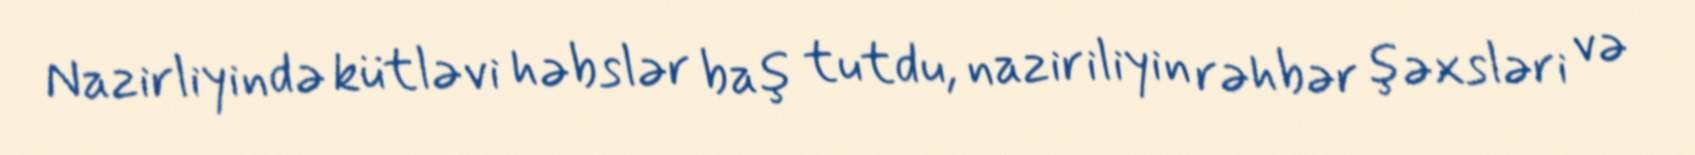
Nazirliyində kütləvi həbslər baş tutdu, naziriliyin rəhbər şəxsləri və